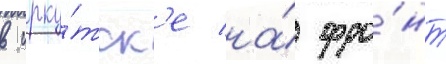
в ирку́тск'е на́ фро́нт